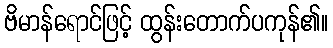
ဗိမာန်ရောင်ဖြင့် ထွန်းတောက်ပကုန်၏။